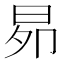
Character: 𭥦